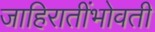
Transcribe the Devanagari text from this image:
जाहिरातींभोवती